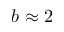
b \approx 2